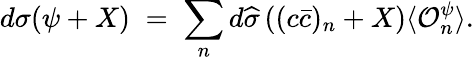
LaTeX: d\sigma(\psi+X)\; =\; \sum_{n}d\widehat{\sigma}\left((c\bar{c})_{n}+X\right)\langle{\cal O}_{n}^{\psi}\rangle.